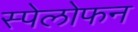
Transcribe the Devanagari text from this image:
स्पेलोफन